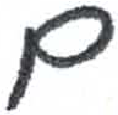
אות: ם